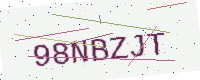
Text: 98NBZJT